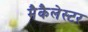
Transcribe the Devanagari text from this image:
मैकैलेस्टर